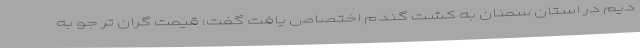
دیم در استان سمنان به کشت گندم اختصاص یافت گفت: قیمت گران تر جو به